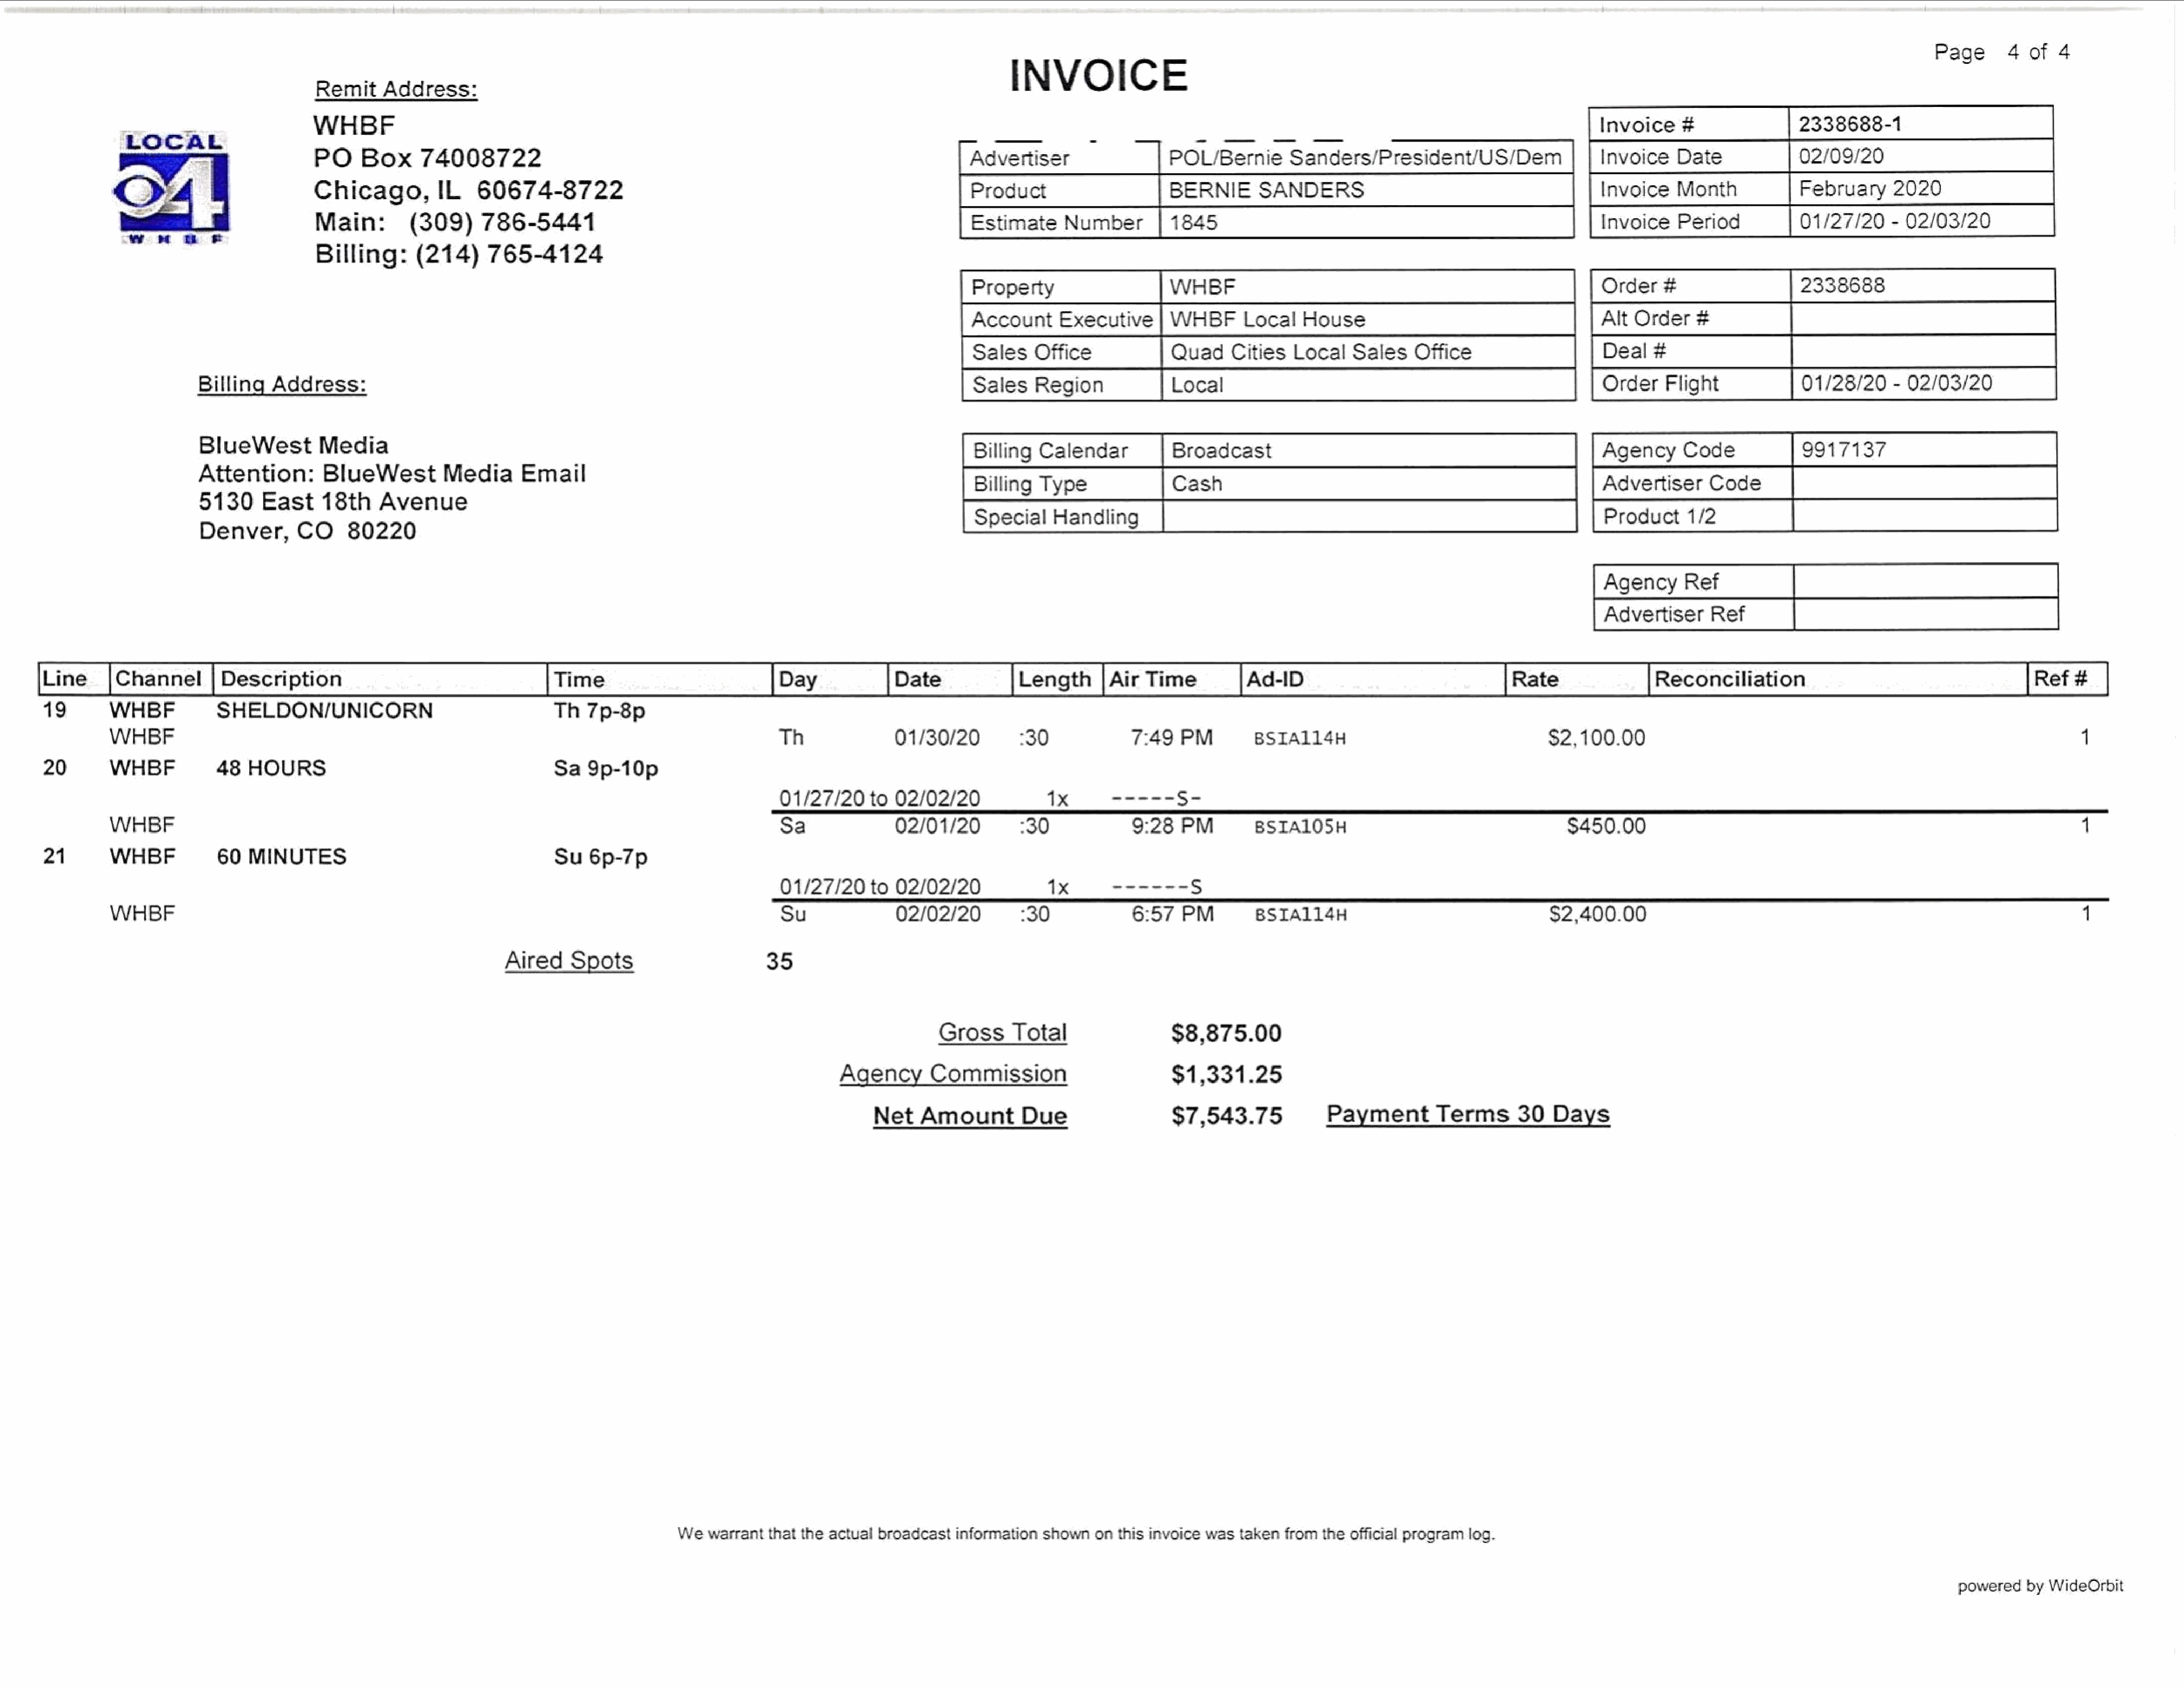
Page      4  of  4
 INVOICE
 Remit     Address:
 TOCKE                      WHBF                                                                                                                                                                                    Invoice    #                2338688-1
 PO     Box     74008722                                                                       Advertiser                  POL/Bernie       Sanders/President/US/Dem|                    Invoice    Date             02/09/20
 Chicago,          IL   60674-8722                                                             Produ  ct                   BERNIE       SANDERS                                          Invoice    Month            February      2020
 ——                         MaiS  non :e, (309)     786-5441                                                            D Estimai  te  Numt  ber      a 1845   .                                                    Invoi: ce  Peri5 od         01/27>  /20  - 02/03/20
 Billing:       (214)     765-4124
 Property                    WHBF                                                          Order    #                  2338688
 Account      Executive      WHBF       Local   House                                    AltO    rder   #
 Sales    Office             QuadCities        Local   Sales    Office                     Deal   #
 Billing   Address:                                                                                            Sales    Region              Local                                                        O rder Flight                01/28/20     - 02/03/20
 BlueWest         Media                    .          |                                                        Billing   Calendar           Broadcast                                                    Agency      Code             9917137
 Attention:        BlueWest         Media       Email                                                           Billing   Type               Cash                                                         ‘Advertiser    Code
 eD1e8n0v'e\rE,asCtO1608)02A2v0enue’                                                                           Sp°ecial    Handlin:                                                                      Product     1/2
 Agency      Ref
 Advertiser      Ref
 aAa)RESaRNEaSNI
 WHBF        SSENUCORN                                          Th   7p-8p
 WHBF                                                                                           Th               01/30/20          :30             7:49   PM        BSIA114H                                  $2,100.00                                                                    4
 20        WHBF           48   HOURS                                      Sa   9p-10p
 01/27/20    to  02/02/20              Ax       este     Se
 WHBF                                                                                            Sa              02/01/20          :30             9:28   PM         BSIA10SH                                    $450.00                                                                   i
 21        WHBF           60   MINUTES                                    Su   6p-7p
 01/27/20    to  02/02/20              1X___    =====-     Ss
 WHBF                                                                                            Su              02/02/20          :30             6:57   PM         BSIA114H                                 $2,400.00                                                                    1
 Aired     Spots                       35
 Gross      Total                  $8,875.00
 Agency       Commission                         $1,331.25
 Net    Amount        Due                   $7,543.75             Payment        Terms       30   Days
 Wewarrantthatthe     actual  broadcastinformation   shown  onthis  invoice was  taken  fromtheofficial program   log.
 powered   by WideOrbit